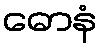
ဓောနံ